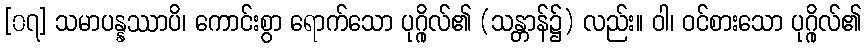
[၀၇] သမာပန္နဿာပိ၊ ကောင်းစွာ ရောက်သော ပုဂ္ဂိုလ်၏ (သန္တာန်၌) လည်း။ ဝါ၊ ဝင်စားသော ပုဂ္ဂိုလ်၏